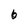
Character: 6